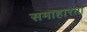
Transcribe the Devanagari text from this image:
समाहारता